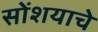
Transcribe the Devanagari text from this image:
सोंशयाचे